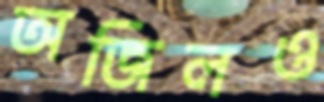
অজিলও